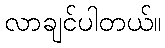
လာချင်ပါတယ်။